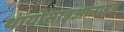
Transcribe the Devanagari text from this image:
थायोसाइआनाइड